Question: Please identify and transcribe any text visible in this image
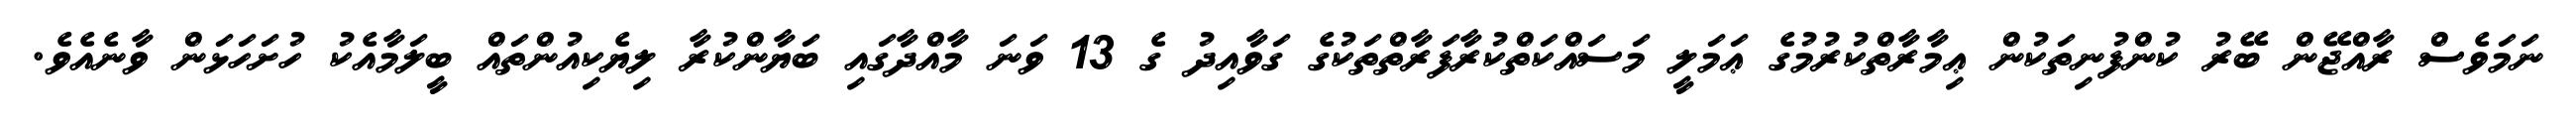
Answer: ނަމަވެސް ރާއްޖޭން ބޭރު ކުންފުނިތަކުން ޢިމާރާތްކުރުމުގެ ޢަމަލީ މަސައްކަތްކުރާފަރާތްތަކުގެ ގަވާއިދު ގެ 13 ވަނަ މާއްދާގައި ބަޔާންކުރާ ލިޔެކިއުންތައް ބީލަމާއެކު ހުށަހަޅަން ވާނެއެވެ.